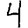
Digit: 4